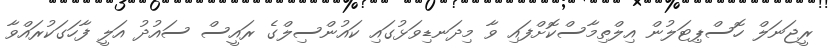
ރީޖަނަލް ހޮސްޕިޓަލުން އިލްތިމާސްކޮށްފައި ވާ މިދަނޑިވަޅުގައި ކައުންސިލްގެ ރައީސް ސައުދު އަލީ ފާހަގަކުރައްވާ